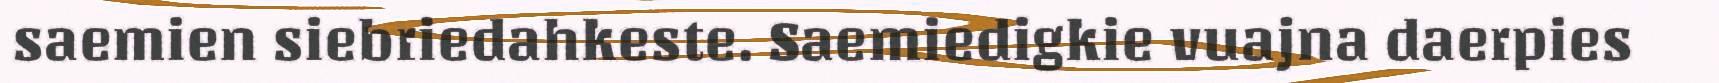
saemien siebriedahkeste. Saemiedigkie vuajna daerpies